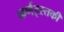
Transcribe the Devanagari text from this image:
कर्णइस्तकी